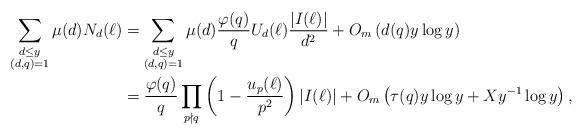
LaTeX: \begin{align*}\sum_{\substack{d\leq y\\(d,q)=1}}\mu(d)N_d(\ell)&=\sum_{\substack{d\leq y\\(d,q)=1}}\mu(d)\frac{\varphi(q)}{q}U_d(\ell)\dfrac{\left|I(\ell)\right|}{d^2}+O_m\left(d(q)y\log y\right)\\&=\frac{\varphi(q)}{q}\prod_{p\nmid q}\left(1-\frac{u_p(\ell)}{p^2}\right)\left|I(\ell)\right|+O_m\left(\tau(q)y\log y+Xy^{-1}\log y\right),\end{align*}